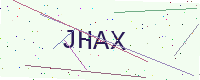
Text: JHAX